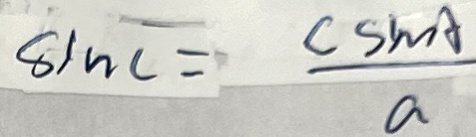
\sin c = \frac { C \sin A } { a }